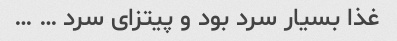
غذا بسیار سرد بود و پیتزای سرد … …